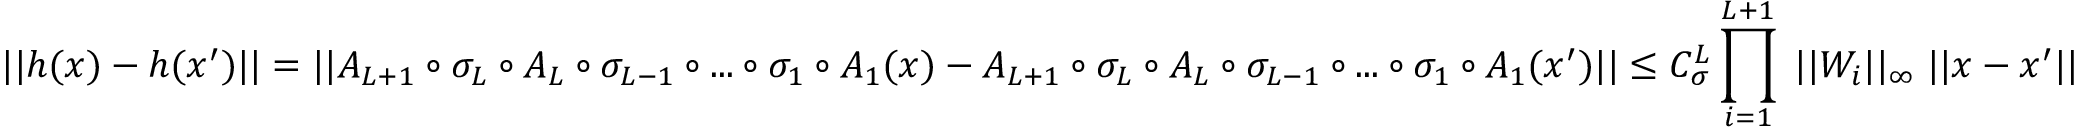
| | h ( x ) - h ( x ^ { \prime } ) | | = | | A _ { L + 1 } \circ \sigma _ { L } \circ A _ { L } \circ \sigma _ { L - 1 } \circ . . . \circ \sigma _ { 1 } \circ A _ { 1 } ( x ) - A _ { L + 1 } \circ \sigma _ { L } \circ A _ { L } \circ \sigma _ { L - 1 } \circ . . . \circ \sigma _ { 1 } \circ A _ { 1 } ( x ^ { \prime } ) | | \leq C _ { \sigma } ^ { L } \prod _ { i = 1 } ^ { L + 1 } \; | | W _ { i } | | _ { \infty } \; | | x - x ^ { \prime } | |